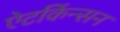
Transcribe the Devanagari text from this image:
ऐटकिंन्सन